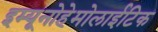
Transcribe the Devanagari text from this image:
इम्यूनोहेमोलाईटिक